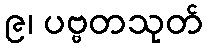
၉၊ ပဗ္ဗတသုတ်